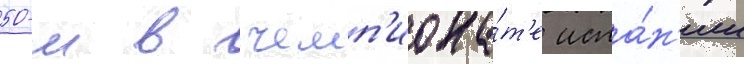
50-м в чемп'иона́т'е испа́н'ии